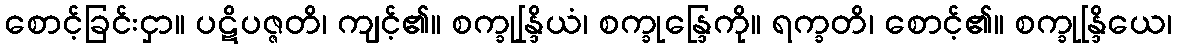
စောင့်ခြင်းငှာ။ ပဋိပဇ္ဇတိ၊ ကျင့်၏။ စက္ခုန္ဒြိယံ၊ စက္ခုန္ဒြေကို။ ရက္ခတိ၊ စောင့်၏။ စက္ခုန္ဒြိယေ၊